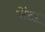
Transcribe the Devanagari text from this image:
सेंटऱ